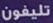
تليفون